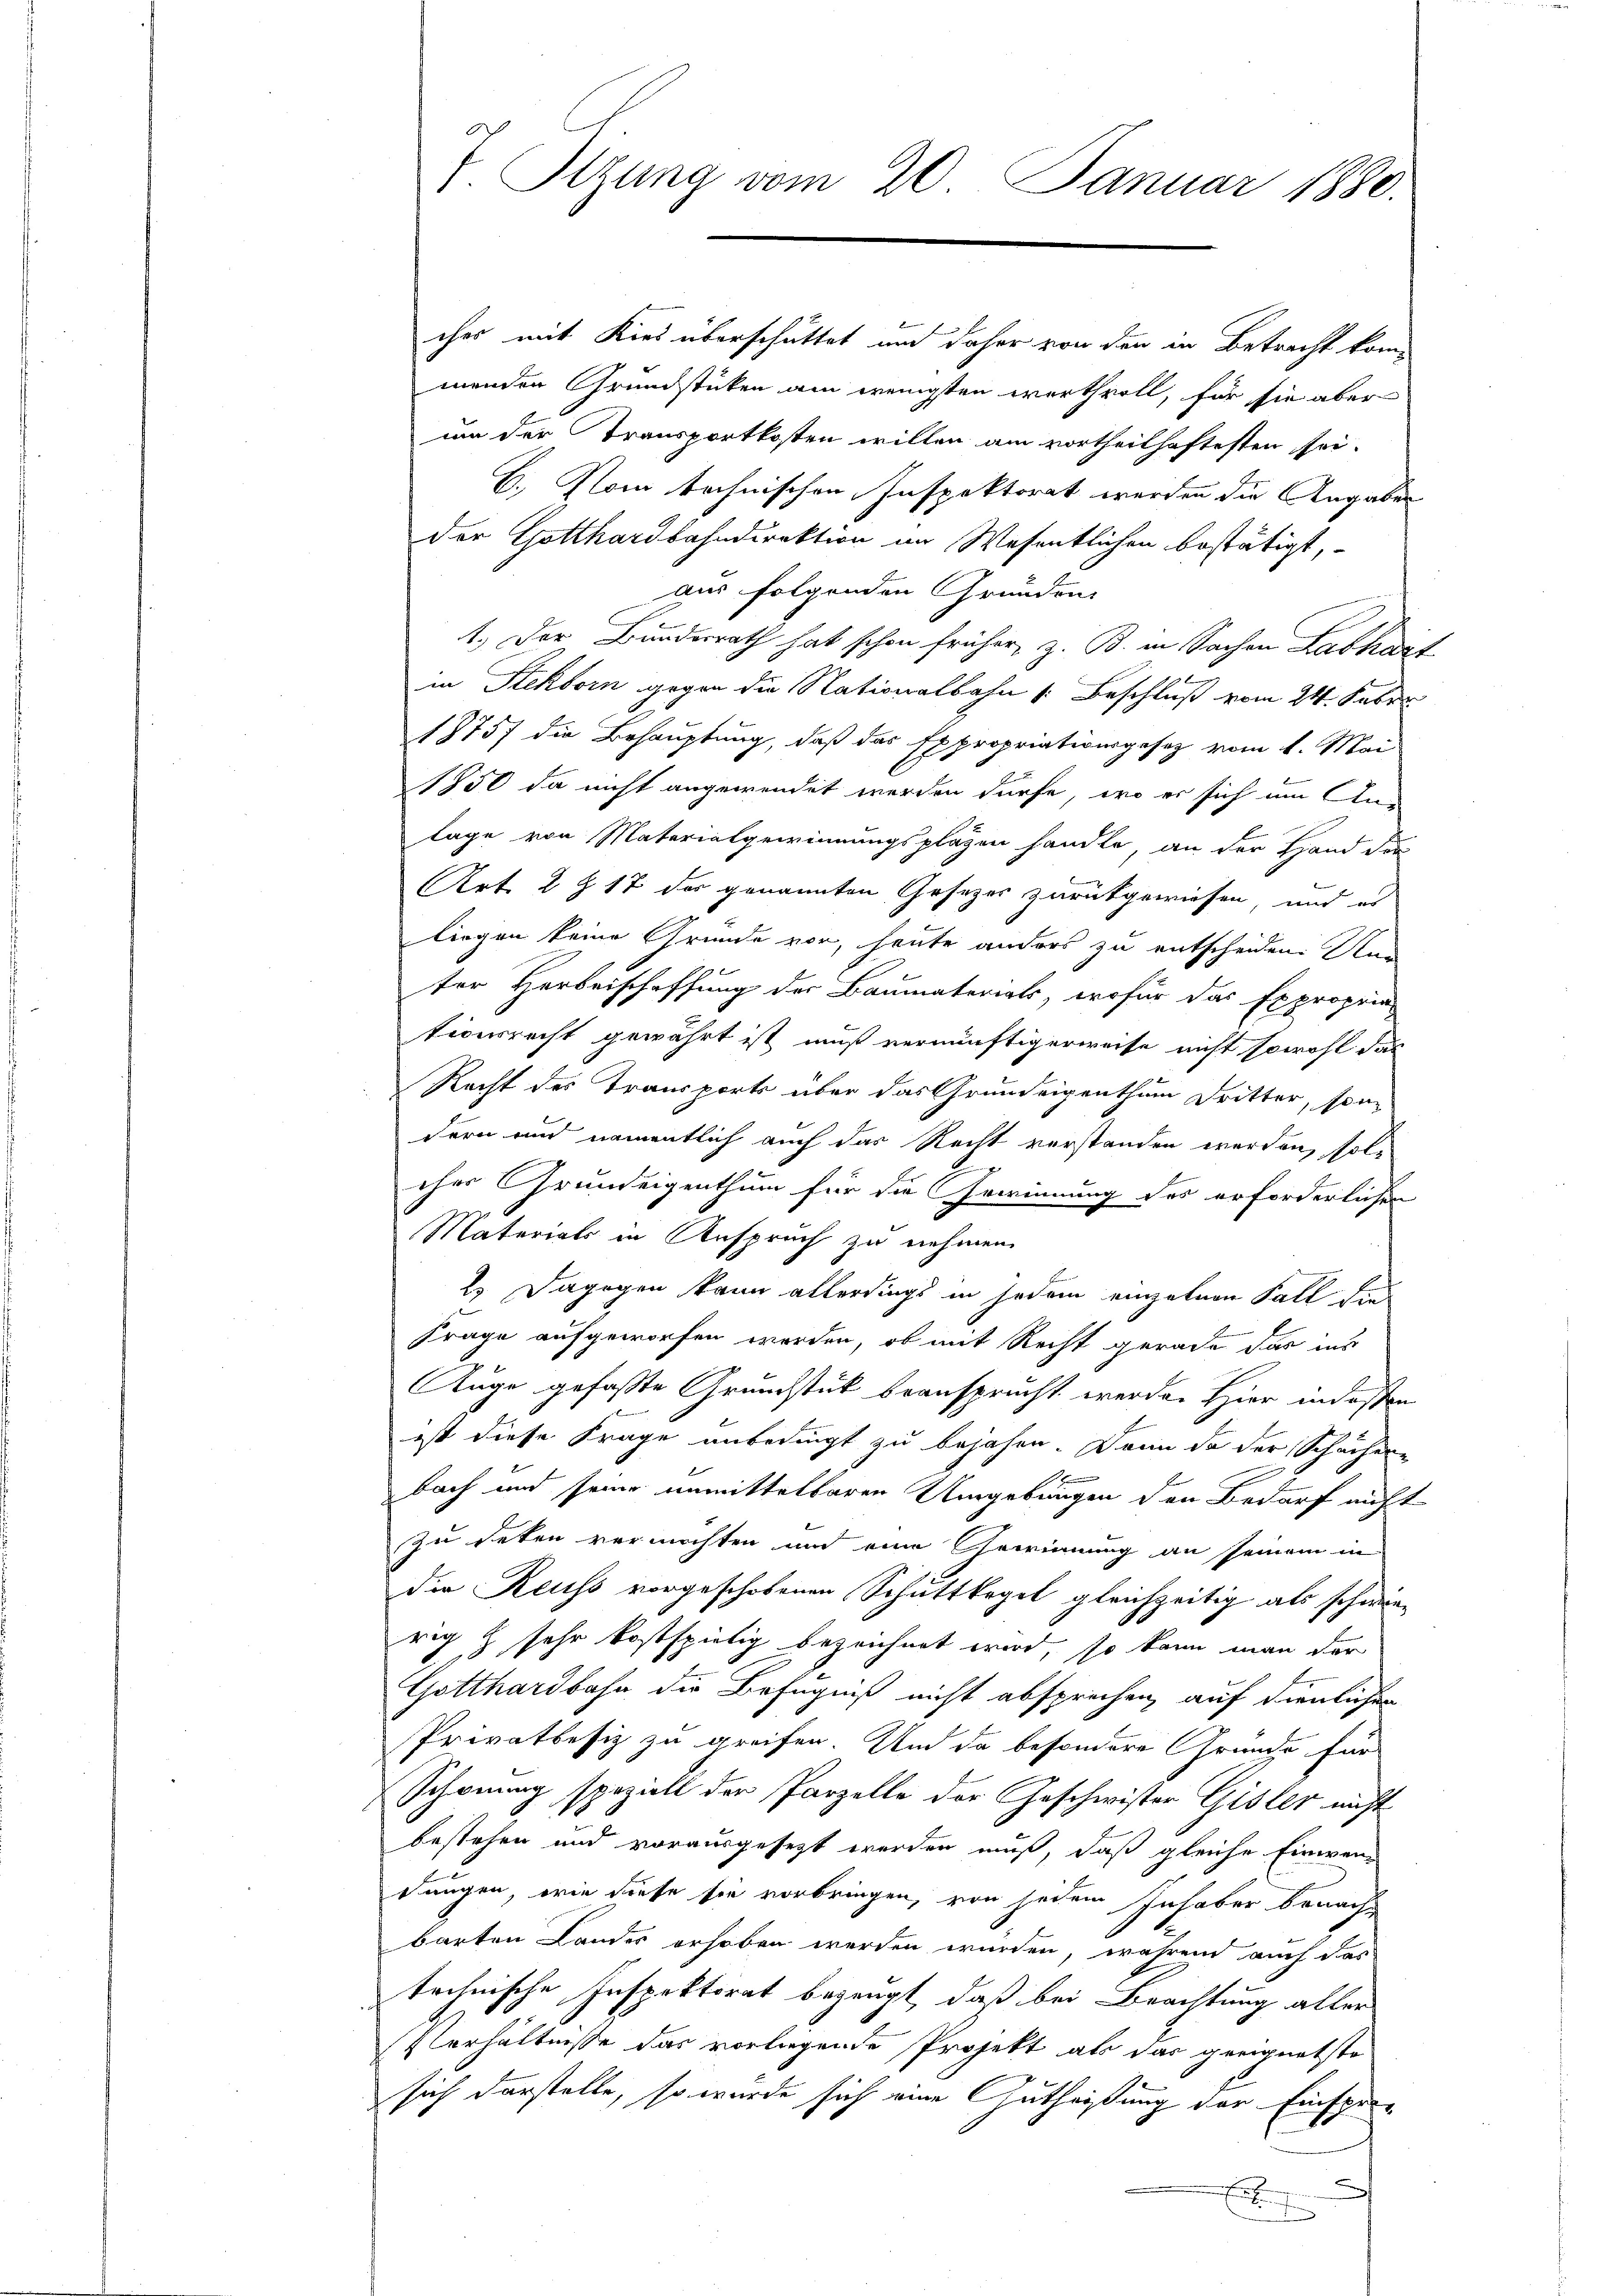
ches mit Kies überschüttet und daher von den in Betracht kommenden Grundstücken am wenigsten werthvoll, für sie aber
um der Transportkosten willen am vortheilhaftesten sei.
B.) Vom technischen Inspektorat werden die Angaben
der Gotthardbahndirektion an Wesentlichen bestätigt,
aus folgenden Grunden
1. Der Bundesrath hat schon früher, z. B. in Sachen Labhart
in Steckborn gegen die Nationalbahn [Beschluß vom 24. Febr.
18757 die Behauptung, daß das Expropriationsgesetz vom 1. Mai
1550 da nicht angewendet werden dürfe, wo er sich um An-
lage von Materialgewinnungsplagen handle, an der Hand der
Art. 2 § 17 des genannten Gesezes zurückgewiesen und es
liegen keine Gründe vor, heute anders zu entscheiden. Nun
ter Herbeischaffung der Baumaterials, wofür das Expropria
tionsrecht gewährt ist muß vernünftigerweise nicht sowohl das
Recht des Transports über das Grundeigenthum Dritter, son-
dern und namentlich auch das Recht verstanden werden, solt
eher Grundeigenthum für die Gewinnung des erforderlichen
Materials in Anspruch zu nehmen.
2.) Dagegen kann allerdings in jedem einzelnen Fall die
Frage aufgeworfen werden, ob mit Recht gerade das ins
Auge gefaßte Grundstück beansprucht werden Hier indossen
ist diese Frage unbedingt zu bejahen. Dann da der Schächere
1
bach und seine unmittelbaren Umgebungen den Bedarf nicht
zu reten vermöchten und eine Gewinnung an seinem in
der Reuss vorgeschobenen Schutttegel gleichzeitig als schwierig & sehr kostspielig bezeichnet wird, so kann man der
Gotthardbahn die Befugniß nicht absprechen, auf dienlichen
Privatbesiz zu greifen. Und da besondere Gründe für
Schonung speziell der Parzelle der Geschwister Gisler nicht
bestehen und vorausgesezt werden muß, daß gleiche Einwendungen, wie diese sie vorbringen, von jedem Inhaber benachbarten Landes erhoben werden würden, während auch das
technische Inspektorat bezeugt, daß bei Beachtung aller
Verhältnisse das vorliegende Projekt als das geeignetste
sich darstelle, so wurde sich eine Gutheißung der Einspre¬
E

n
V. Otzung vom 20. Januar 1880.